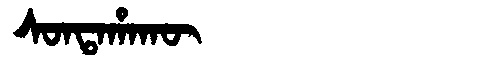
Manchu: ᠰᠣᠨᡨᠠᡥᠠᡴᡡ
Romanization: SONTAHAKŪ